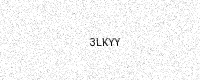
Text: 3LKYY